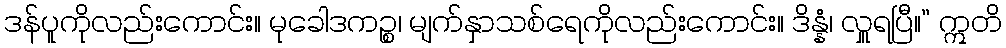
ဒန်ပူကိုလည်းကောင်း။ မုခေါဒကဉ္စ၊ မျက်နှာသစ်ရေကိုလည်းကောင်း။ ဒိန္နံ၊ လှူရပြီ။” ဣတိ